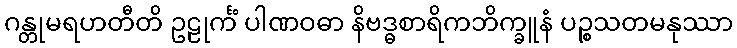
ဂန္တုမရဟတီတိ ဥဠုင်္ကံ ပါဏဝဓာ နိဗဒ္ဓစာရိကဘိက္ခူနံ ပဉ္စသတမနုဿာ